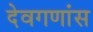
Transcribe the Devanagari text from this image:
देवगणांस